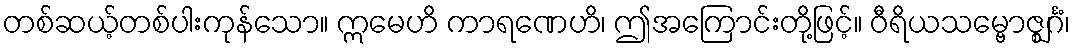
တစ်ဆယ့်တစ်ပါးကုန်သော။ ဣမေဟိ ကာရဏေဟိ၊ ဤအကြောင်းတို့ဖြင့်။ ဝီရိယသမ္ဗောဇ္ဈင်္ဂံ၊